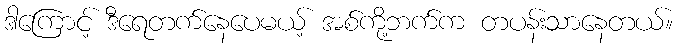
ဒါကြောင့် ဒီရေတက်နေပေမယ့် အစ်ကို့ဘက်က တပန်းသာနေတယ်။